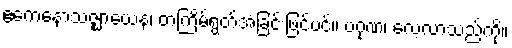
ဧကေနောသဇ္ဈာယေန၊ တကြိမ်ရွတ်အံခြင်းဖြင့်ပင်။ ပဂုဏံ၊ လေ့လာသည်ကို။